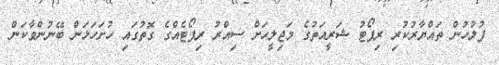
ފުލުހުން ތައްޔާރުކުރި ރިޕޯޓު ޝަރީއަތުގެ މަޖިލީހަށް ސިއްރު ރިޕޯޓެއްގެ ގޮތުގައި ހުށަހަޅަން ބޭނުންވާކަން